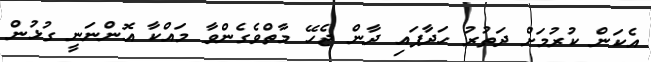
އެކަން ކުރުމަށް ދަތުރު ހަދާފައި ދާން ޖެހޭ މާތްވެގެންވާ މައްކާ އޮންނަނީ ގުޅުން